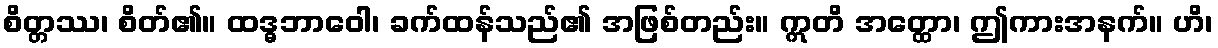
စိတ္တဿ၊ စိတ်၏။ ထဒ္ဓဘာဝေါ၊ ခက်ထန်သည်၏ အဖြစ်တည်း။ ဣတိ အတ္ထော၊ ဤကားအနက်။ ဟိ၊